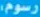
رسوم